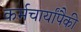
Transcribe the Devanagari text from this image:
कर्मचार्यांपैकी